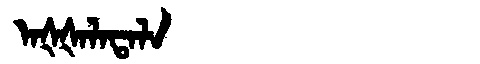
Manchu: ᠠᡧᡧᠠᠯᠠᡨᠠᠯᠠ
Romanization: AŠŠALATALA